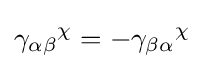
{\gamma _{\alpha \beta }}^{\chi }=-{\gamma _{\beta \alpha }}^{\chi }